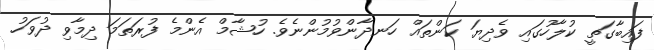
ފައިބާގަތީ ކުލާހުގައި ވެދިޔަ ކަންތައް ހަނދާންވުމުންނެވެ. ހުޝާމް އެންމެ ފުރަތަމަ ދިމާވި ދުވަހު